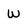
Character: W